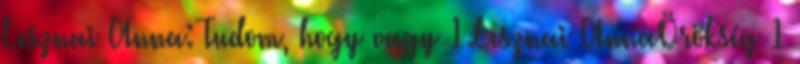
Lesznai Anna: Tudom, hogy vagy 1 Lesznai AnnaÖrökség 1